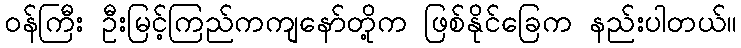
ဝန်ကြီး ဦးမြင့်ကြည်ကကျနော်တို့က ဖြစ်နိုင်ခြေက နည်းပါတယ်။